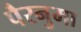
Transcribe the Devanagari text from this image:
पैरनुमा